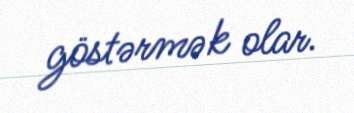
göstərmək olar.